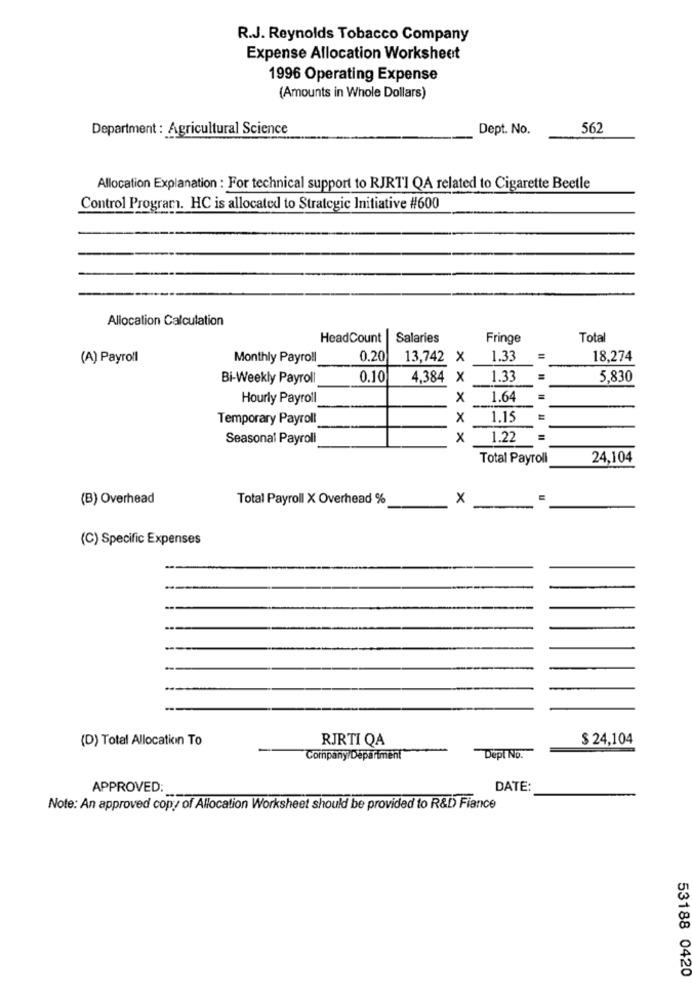
R.J. Reynolds Tobacco Company
Expense Allocation Worksheet
1996 Operating Expense
(Amounts in Whole Dollars)
Department : Agricultural Science
Dept. No.
562
Allocation Explanation : For technical support to RJRTI QA related to Cigarette Beetle
Control Program. HC is allocated to Strategic Initiative #600
Allocation Calculation
HeadCount Salaries
Fringe
Total
(A) Payroll
Monthly Payroll
0.20
13,742 X
1.33
18,274
Bi-Weekly Payroll
0.10
4,384 × 1.33
5,830
Hourly Payroll
X 1.64
Temporary Payroll
× 1.15
Seasonal Payroll
x
1.22
=
Total Payroll
24,104
(B) Overhead
Total Payroll X Overhead %
x
(C) Specific Expenses
(D) Total Allocation To
RJRTI QA
$ 24,104
Company Department
Dept No.
APPROVED:
DATE:
Note: An approved copy of Allocation Worksheet should be provided to R&D Fiance
53188 0420